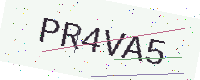
Text: PR4VA5